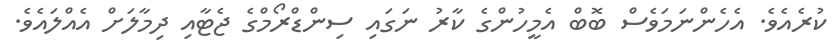
ކުރެއެވެ. އެހެންނަމަވެސް ބޮބް އެމީހުންގެ ކާރު ނަގައި ސިންޑްރޯމްގެ ޖެޓާއި ދިމާލަށް އެއްލައެވެ.